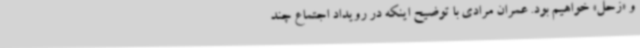
و «زحل» خواهیم بود. عمران مرادی با توضیح اینکه در رویداد اجتماع چند